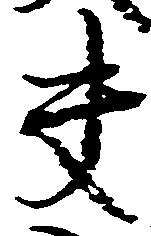
夫